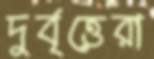
দুর্বৃত্তেরা